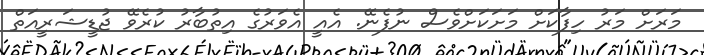
މަރަށް މަރު ހިފާކަށް މަށަކަށްވެސް ނުފެނޭ. އެއީ އެވަރުގެ އިތުބާރު ކުރެވޭ ޖުޑީޝަރީއަތް